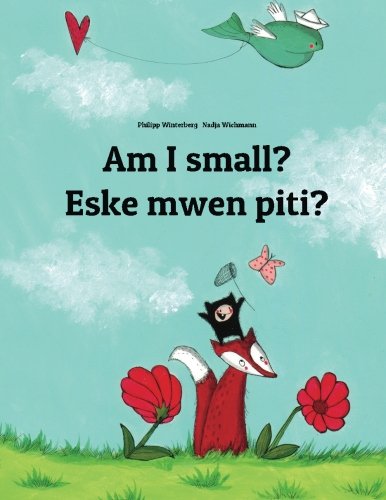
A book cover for Am I small? Eske mwen piti?: Children's Picture Book English-Haitian Creole (Bilingual Edition); Philipp Winterberg; Children's Books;